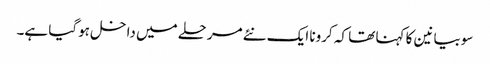
سوبیانین کا کہنا تھا کہ کرونا ایک نئے مرحلے میں داخل ہوگیا ہے۔